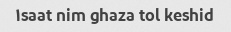
۱saat nim ghaza tol keshid